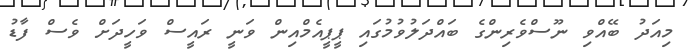
މިއަދު ބޭއްވި ނޫސްވެރިންގެ ބައްދަލުވުމުގައި ޕީޕީއެމްއިން ވަނީ ރައީސް ވަހީދަށް ވެސް ފާޑު